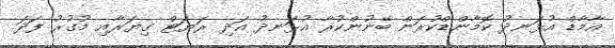
އާމާޑް އުޅަނދު ކޮމާންޑްކުރަން ބޭނުންކުރާ އުޅަނދު އަދި ރަޔަޓް ގިޔަރާއި މުގުރު ފަދަ